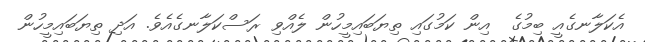
އެކަލާނގެއީ ބިމުގެ  އިން ކަމުގައި ތިޔަބައިމީހުން ލެއްވި ރަސްކަލާނގެއެވެ. އަދި ތިޔަބައިމީހުން